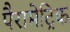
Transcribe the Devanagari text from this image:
पैरामेट्रिक